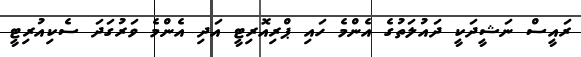
ރައީސް ނަޝީދަކީ ދައުލަތުގެ އެންމެ ހައި ޕްރިއޮރިޓީ އަދި އެންމެ ވަރުގަދަ ސެކިއުރިޓީ